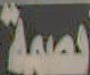
نسبة